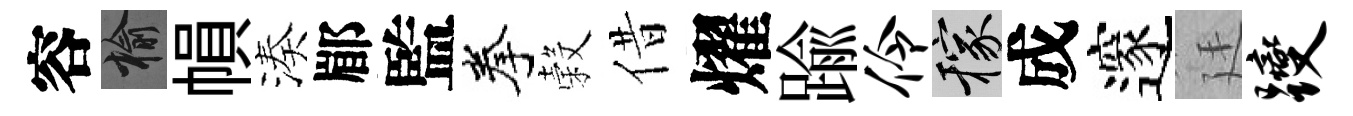
容榆𢄙湊郿監拳穀借燿踰伶稼成邃廷躞